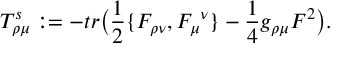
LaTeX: T _ { \rho \mu } ^ { s } : = - t r \big ( { \frac { 1 } { 2 } } \{ F _ { \rho \nu } , F _ { \mu } ^ { \ \nu } \} - { \frac { 1 } { 4 } } g _ { \rho \mu } F ^ { 2 } \big ) .